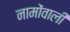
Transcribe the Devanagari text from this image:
नामोंवाली